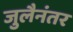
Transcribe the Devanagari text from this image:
जुलैनंतर